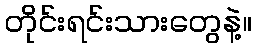
တိုင်းရင်းသားတွေနဲ့။